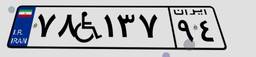
۷۸W۳۰۰۶۸